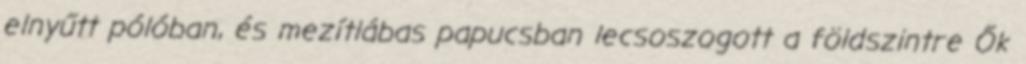
elnyűtt pólóban, és mezítlábas papucsban lecsoszogott a földszintre Ők